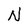
Character: N